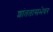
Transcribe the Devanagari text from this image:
शांततासभेवर